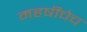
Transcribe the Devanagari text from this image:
महर्षींचेच